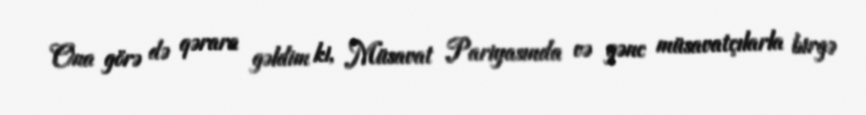
Ona görə də qərara gəldim ki, Müsavat Pariyasında və gənc müsavatçılarla birgə